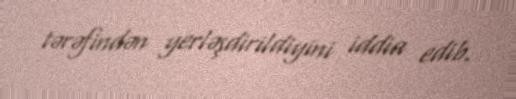
tərəfindən yerləşdirildiyini iddia edib.